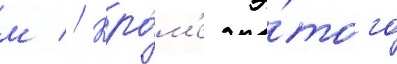
м // Кро́м'е э́того